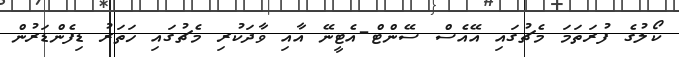
ކޯލުގެ ފުރަތަމަ މެޗުގައި އޭއެސް ސޭންޓް-އެޓީނޭ އާއި ވާދަކުރި މެޗުގައި ހަތަރު ޑިފެންޑަރުން